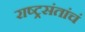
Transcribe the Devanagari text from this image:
राष्ट्रसंतांचं